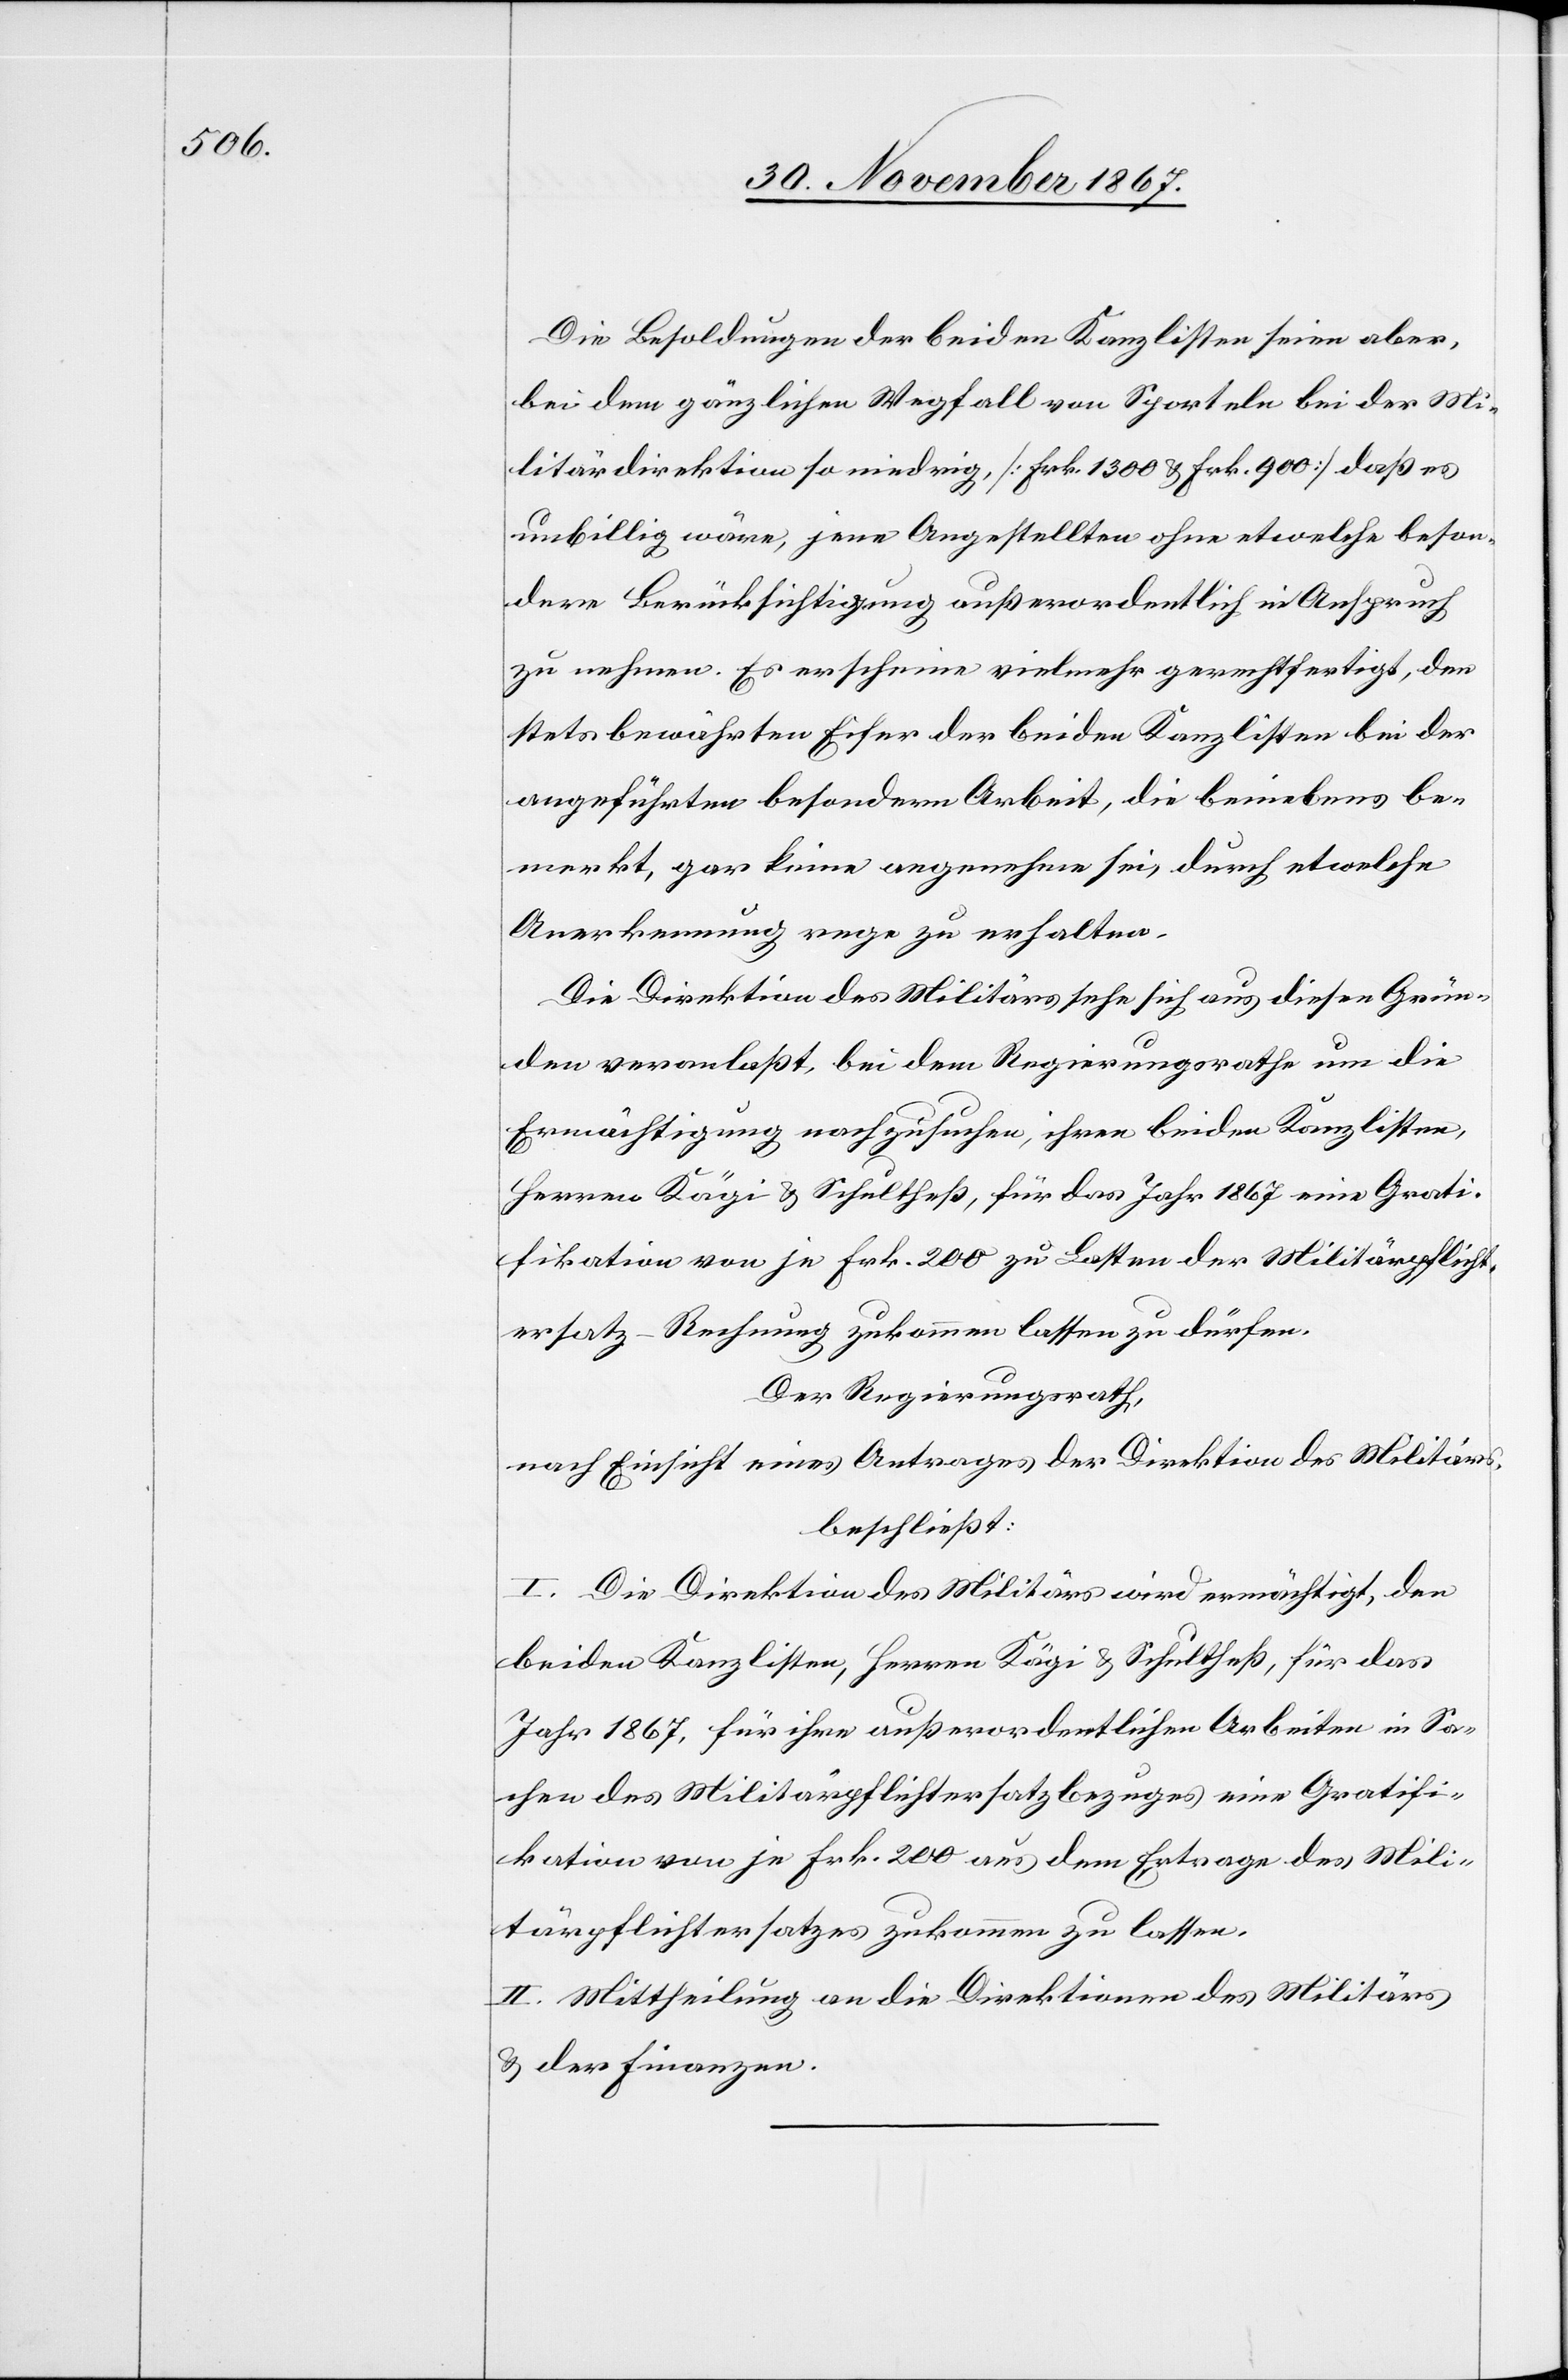
Die Besoldungen der beiden Kanzlisten seien aber,
bei dem gänzlichen Wegfall von Sporteln bei der Mi¬
litärdirektion so niedrig [Frk. 1300 u. Frk. 900] daß es
unbillig wäre, jene Angestellten ohne etwelche beson¬
dere Berücksichtigung außerordentlich in Anspruch
zu nehmen. Es erscheine vielmehr gerechtfertigt, den
stets bewährten Eifer der beiden Kanzlisten bei der
angeführten besondern Arbeit, die beinebens be¬
merkt, gar keine angenehme sei, durch etwelche
Anerkennung rege zu erhalten.
Die Direktion des Militärs sehe sich aus diesen Grün¬
den veranlaßt, bei dem Regierungsrathe um die
Ermächtigung nachzusuchen, ihren beiden Kanzlisten,
Herren Kägi u. Schultheß, für das Jahr 1867 eine Grait¬
fikation von je Frk. 200 zu Lasten der Militärpflicht¬
ersatz-Rechnung zukommen lassen zu dürfen.
Der Regierungsrath,
nach Einsicht eines Antrages der Direktion des Militärs,
beschließt:
I. Die Direktion des Militärs wird ermächtigt, den
beiden Kanzlisten, Herren Kägi u. Schultheß, für das
Jahr 1867, für ihre außerordentlichen Arbeiten in Sa¬
chen des Militärpflichtersatzbezuges eine Gratifi¬
kation von je Frk. 200 aus dem Ertrage des Mili¬
tärpflichtersatzes zukommen zu lassen.
II. Mittheilung an die Direktionen des Militärs
u. der Finanzen.